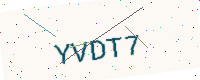
Text: YVDT7